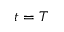
t = T